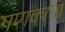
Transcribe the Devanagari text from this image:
गणकांना